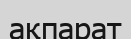
ақпарат